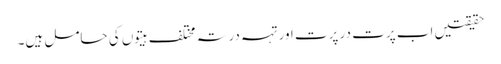
حقیقتیں اب پرت در پرت اور تہہ در تہ مختلف ہیتوں کی حامل ہیں۔